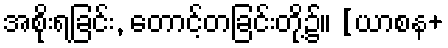
အစိုးရခြင်း, တောင့်တခြင်းတို့၌။ [ယာစန+